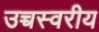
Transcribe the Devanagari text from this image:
उच्चस्वरीय